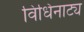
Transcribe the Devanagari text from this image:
विधिनाट्य